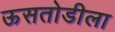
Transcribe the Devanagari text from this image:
ऊसतोडीला